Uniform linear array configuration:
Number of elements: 48
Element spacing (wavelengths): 0.25
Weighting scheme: hamming
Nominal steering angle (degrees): -45
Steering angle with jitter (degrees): -45.93
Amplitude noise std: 0.05
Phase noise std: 0.05

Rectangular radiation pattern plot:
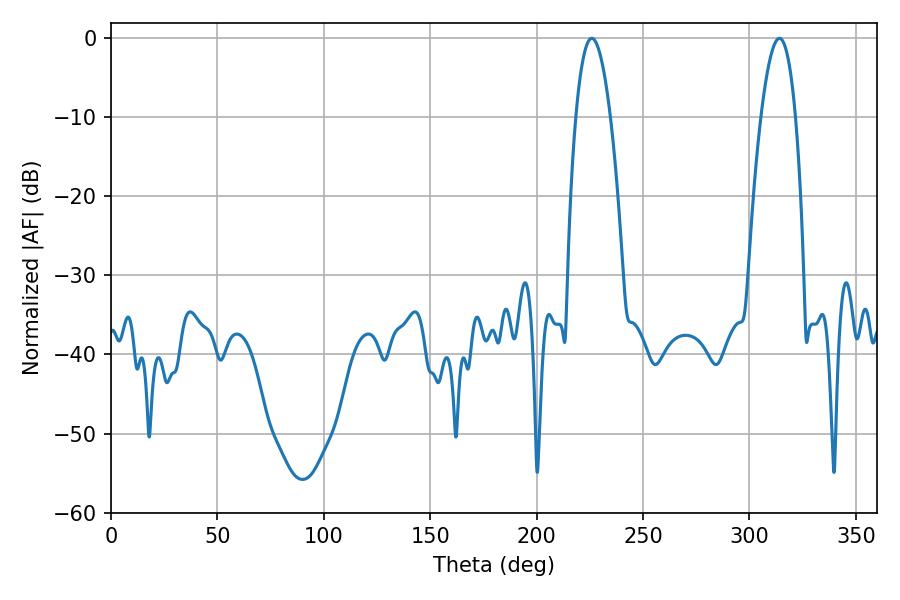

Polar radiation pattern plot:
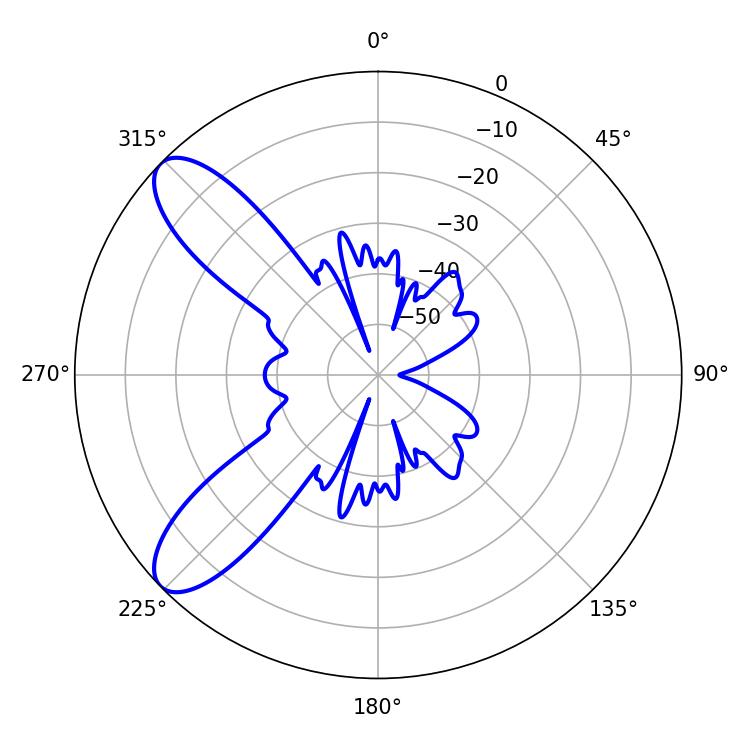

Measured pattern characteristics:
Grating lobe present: FALSE
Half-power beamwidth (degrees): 9
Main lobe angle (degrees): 225.9